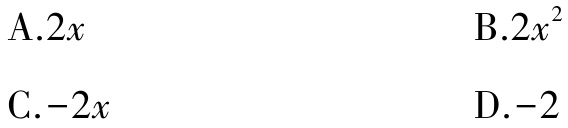
A.$2x$

B.$2x^{2}$

C.$-2x$

D.$-2$